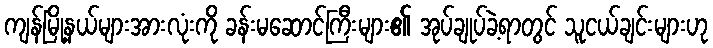
ကျန်မြို့နယ်များအားလုံးကို ခန်းမဆောင်ကြီးများ၏ အုပ်ချုပ်ခဲ့ရာတွင် သူငယ်ချင်းများဟု